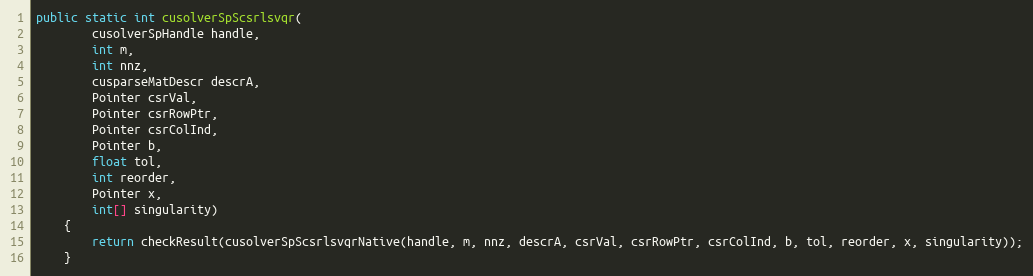
Language: Java
public static int cusolverSpScsrlsvqr(
        cusolverSpHandle handle,
        int m,
        int nnz,
        cusparseMatDescr descrA,
        Pointer csrVal,
        Pointer csrRowPtr,
        Pointer csrColInd,
        Pointer b,
        float tol,
        int reorder,
        Pointer x,
        int[] singularity)
    {
        return checkResult(cusolverSpScsrlsvqrNative(handle, m, nnz, descrA, csrVal, csrRowPtr, csrColInd, b, tol, reorder, x, singularity));
    }